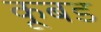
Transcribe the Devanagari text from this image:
कूबड